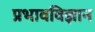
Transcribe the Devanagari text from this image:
प्रभावविज्ञान